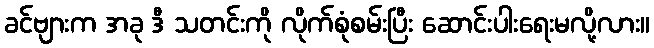
ခင်ဗျားက အခု ဒီ သတင်းကို လိုက်စုံစမ်းပြီး ဆောင်းပါးရေးမလို့လား။